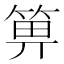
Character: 箅